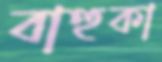
বাহুকা